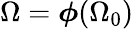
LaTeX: \Omega=\boldsymbol{\phi}(\Omega_{0})